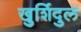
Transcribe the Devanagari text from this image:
खुर्शिदुल